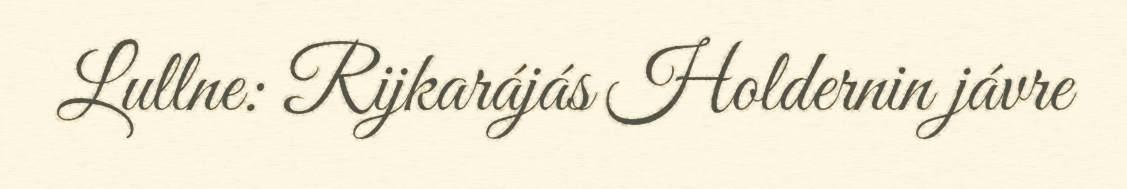
Lullne: Rijkarájás Holdernin jávre